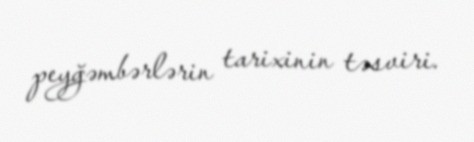
peyğəmbərlərin tarixinin təsviri.